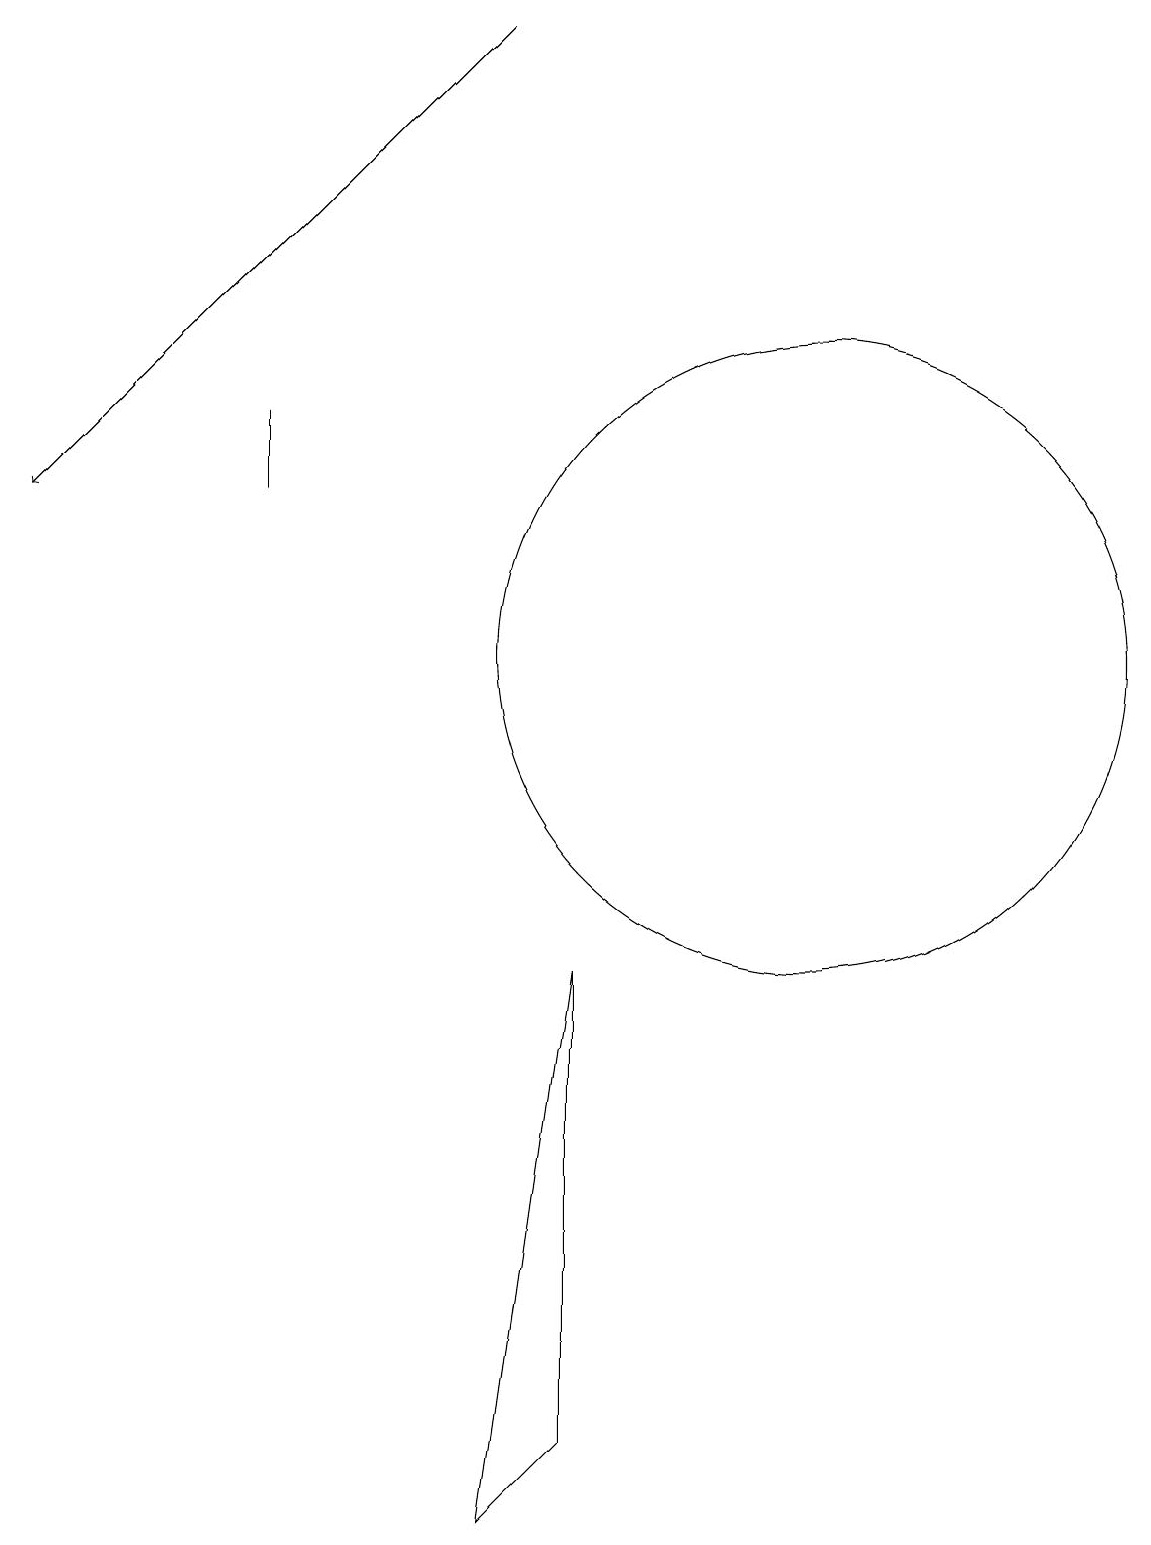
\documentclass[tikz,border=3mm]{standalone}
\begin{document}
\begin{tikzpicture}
\draw[->] (6,19) -- (0,13);
\draw (6,0) -- (7,7) -- (7,1) -- cycle;
\draw (10,11) circle (4);
\draw (3,14) rectangle (3,13);
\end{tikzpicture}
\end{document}